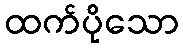
ထက်ပိုသော